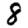
Digit: 8